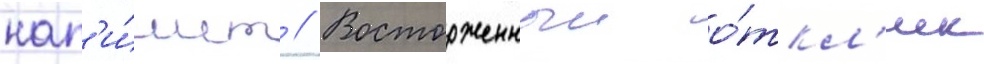
нап'и́шет // Восторженныи о́ткл'ик